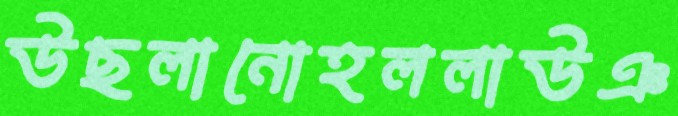
উছলানোহললাউঞ